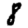
Digit: 8